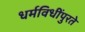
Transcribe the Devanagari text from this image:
धर्मविधींपुरते